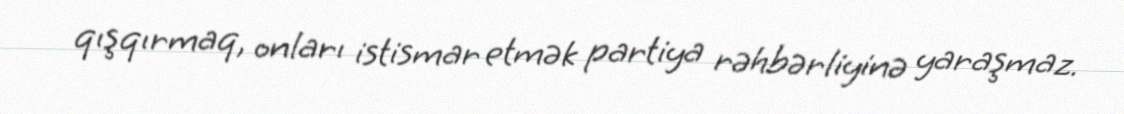
qışqırmaq, onları istismar etmək partiya rəhbərliyinə yaraşmaz.